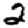
Digit: 2